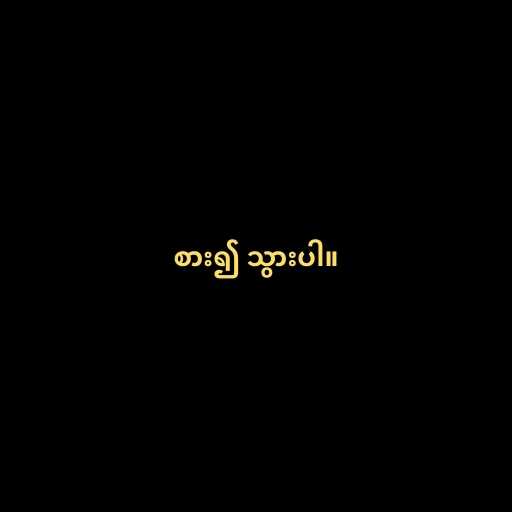
စား၍ သွားပါ။